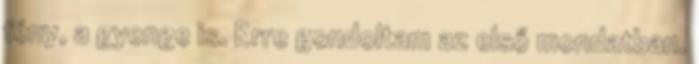
fény, a gyenge is. Erre gondoltam az első mondatban.